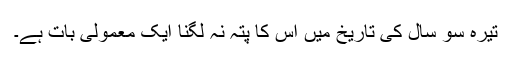
تیرہ سو سال کی تاریخ میں اس کا پتہ نہ لگنا ایک معمولی بات ہے۔